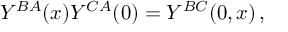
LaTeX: { \cal Y } ^ { B A } ( x ) { \cal Y } ^ { C A } ( 0 ) = { \cal Y } ^ { B C } ( 0 , x ) \, ,